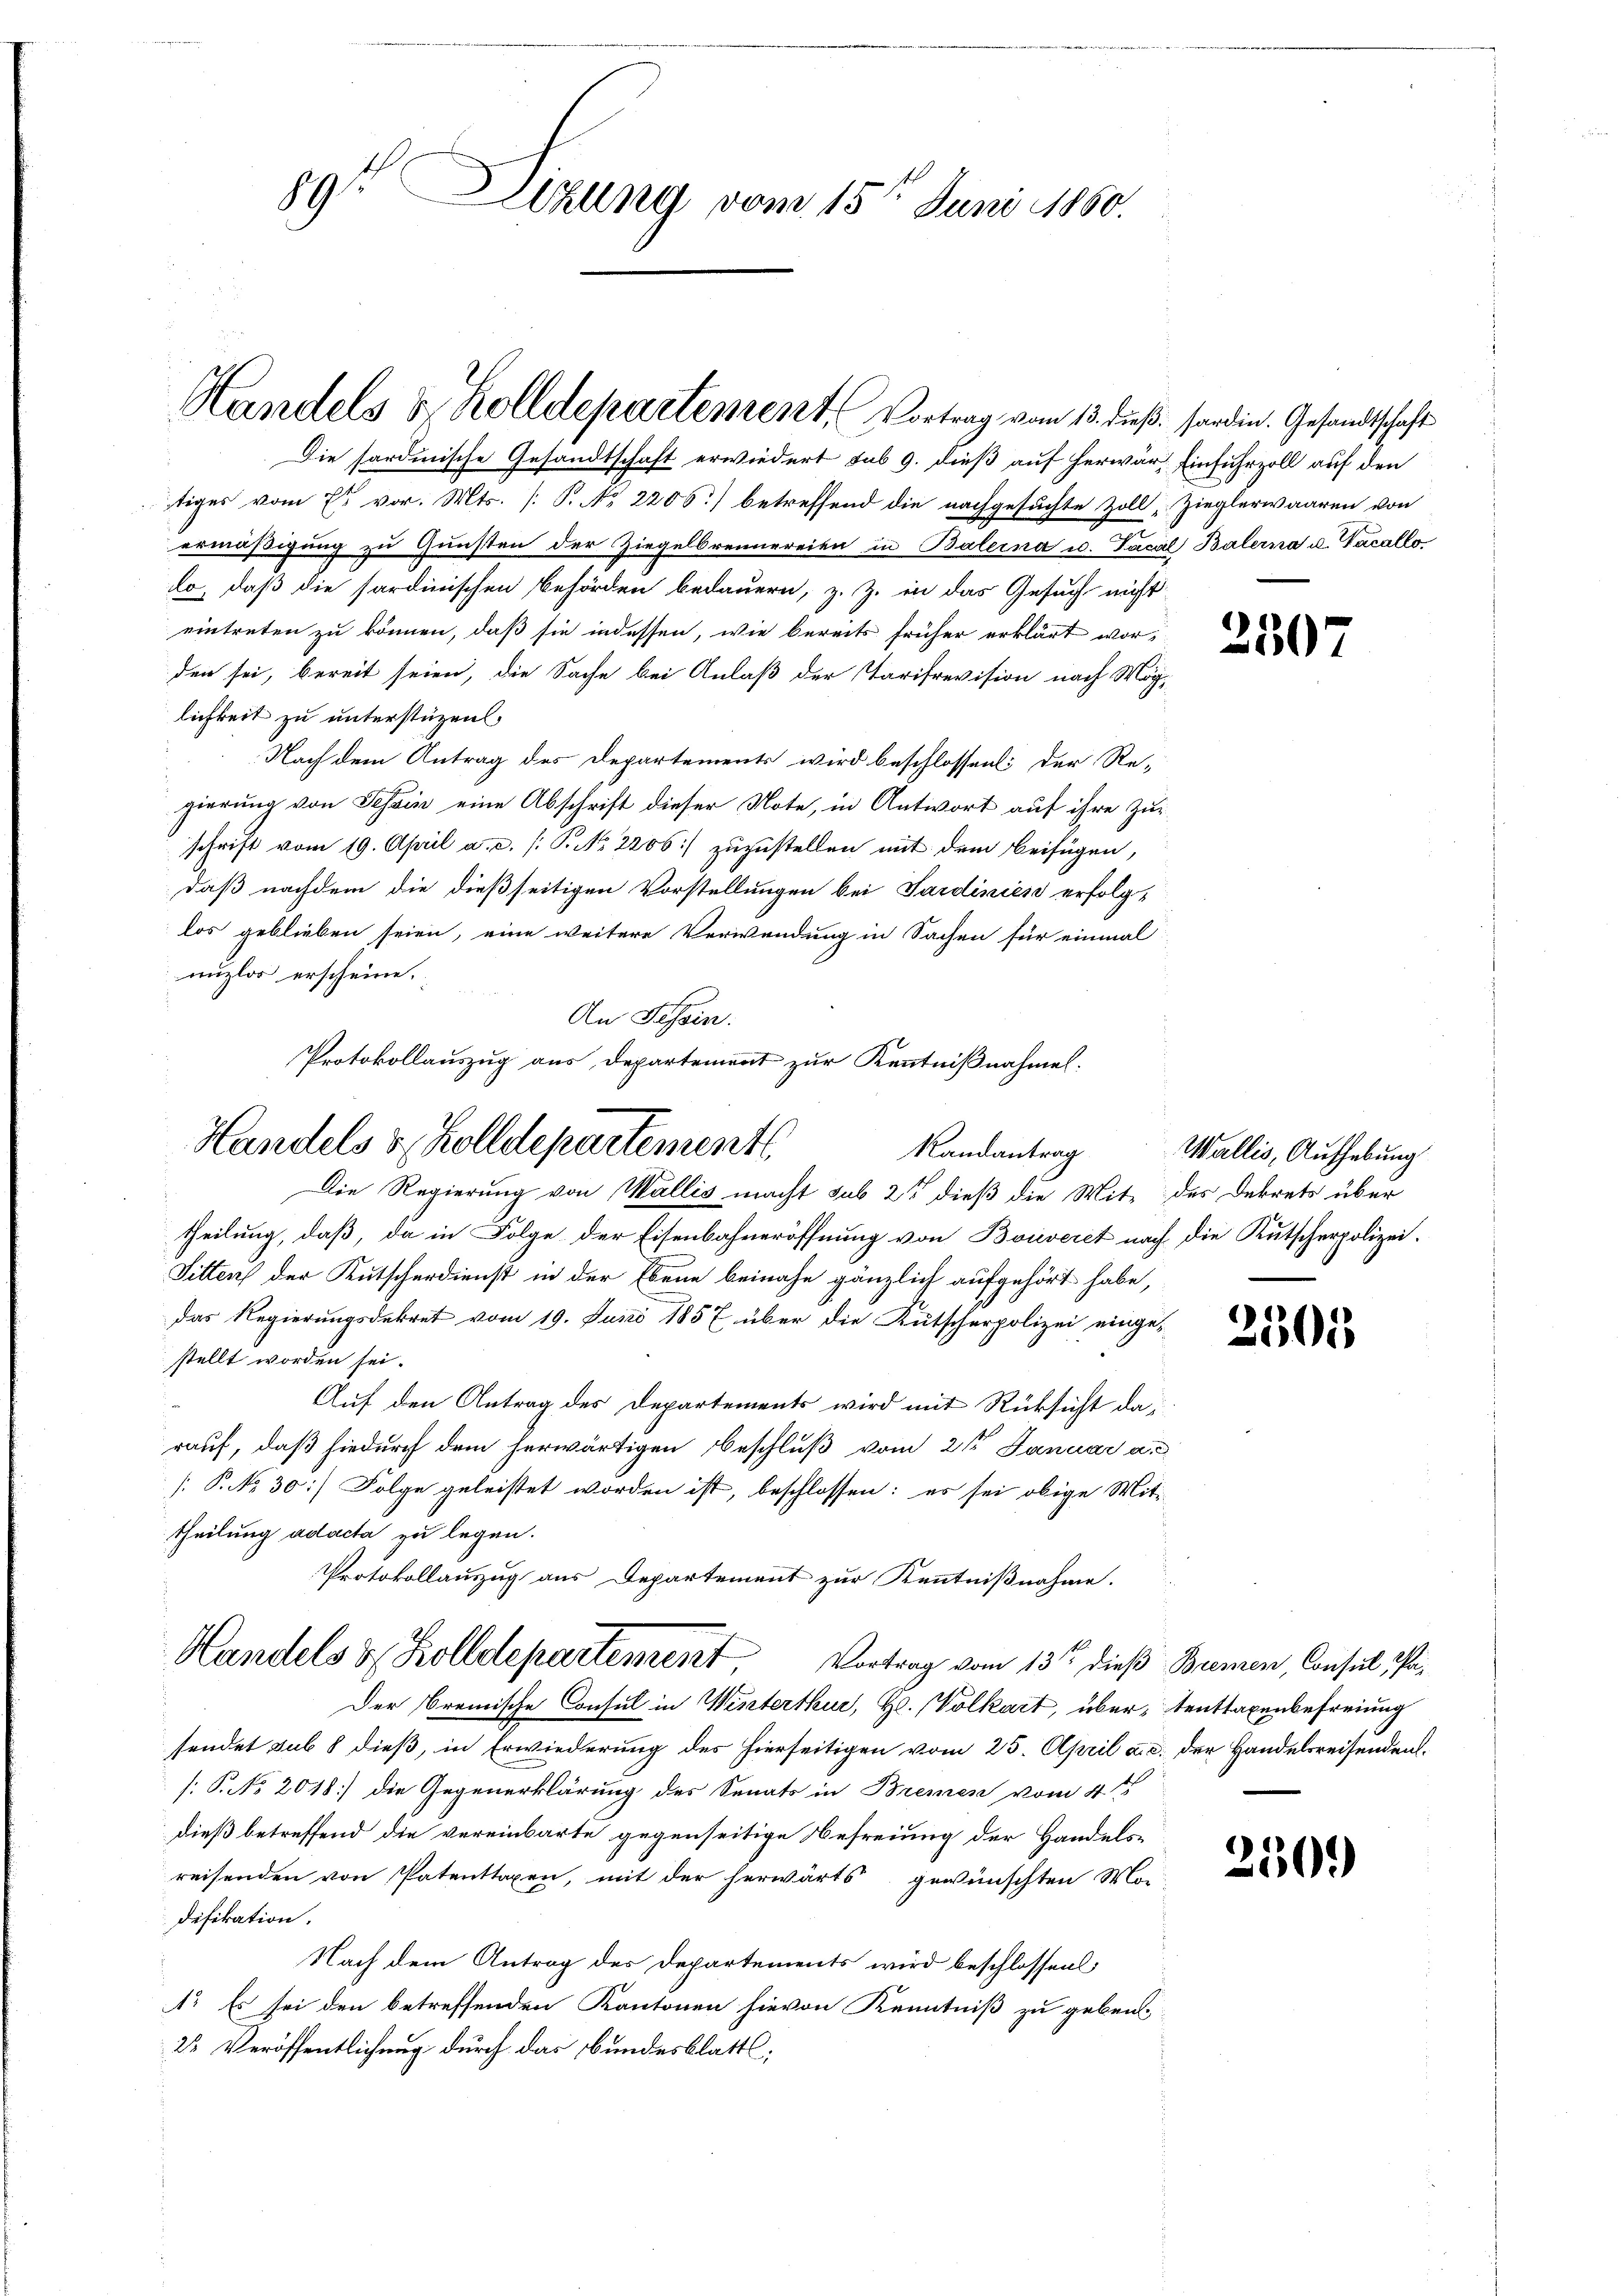
9t Lizung vom 15ten Juni 1860.

Handels & Zolldepartement Vortrag vom 13. dieß, sonden. Gesandtschaft
Die sardinische Gesandtschaft erwiedert sub 9. dieß auf herwart Einfuhrzoll auf den
tiges vom Er vor. Mts. [P. No 2206.) betreffend die nachgesuchte Zoll „Zieglerwaaren von
ermäßigung zu Gunsten der Ziegelbrennereien in Balerna u. Facal Balerna u. Vacallo

Protokollauszug aus, Departement zur Kenntnißnahmen.
Handels & Zolldepartements

lo, daß die sordinischen Behörden bedauern, z. Z. in das Gesuch nicht
eintreten zu können, daß sie indessen, wie bereits früher erklärt worden sei, bereit seien, die Sache bei Anlaß der Tarifrevision nach Mög-
lichkeit zu unterstüzen
Nach dem Antrag des Departements wird beschlossen: der Regierung von Tessin eine Abschrift dieser Note, in Antwort auf ihre Zuschrift vom 19. April a. c. /: P. No. 2206:/ zuzustellen mit dem Beifügen,
daß nachdem die dießseitigen Vorstellungen bei Sardinien erfolgt
los geblieben seien, eine weitere Verwendung in Sachen für einmal
nuzlos erscheine.
An Fessen.
Randantrag
Die Regierung von Wallis macht sub 25 dieß die Mit des Dekrets über
theilung, daß, da in Folge der Eisenbahneröffnung von Boieveret nach die Kutscherpolizei.
Sitten der Kutscherdienst in der Ebene beinahe gänzlich aufgehört habe,
das Regierungsdekret vom 19. Juni 1857 über die Kutscherpolizei einge-
stellt worden sei.
Auf den Antrag des Departements wird mit Rücksicht da
rauf, daß hiedurch dem herwärtigen Beschluß vom 2ten Januar a.
[: P. No 30) Folge geleistet worden ist, beschlossen: es sei obige Mittheilung ad acta zu legen.
Protokollauszug aus Departement zur Kenntnißnahme.
Handels & Zolldepartement, Vortrag vom 13ten dieß Bremen, Consul i¬
Der Bremische Consul in Winterthur, H. Volkart, übertenttaxenbefreiung
sendet sub 8 dieß, in Erwiederung des hierseitigen vom 25. April a. c. der Handelsreisenden.
[: P. No 2018] die Gegenerklärung des Senats in Bremen vom 4ten
dieß betreffend die vereinbarte gegenseitige Befreiung der Handelsreisenden von Patenttaxen, mit der herwärts gewünschten Mo-
difikation.
Nach dem Antrag des Departements wird beschlossen,
1. Es sei den betreffenden Kantonen hievon Kenntniß zu geben
22 Veröffentlichung durch das Bundesblatts;

2507

Wallis, Aufhebung

2305

250.